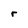
Character: r